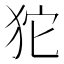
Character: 𤝛